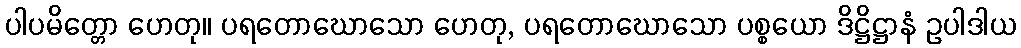
ပါပမိတ္တော ဟေတု။ ပရတောဃောသော ဟေတု, ပရတောဃောသော ပစ္စယော ဒိဋ္ဌိဋ္ဌာနံ ဥပါဒါယ